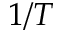
1 / T